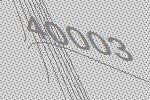
40003